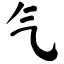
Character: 气